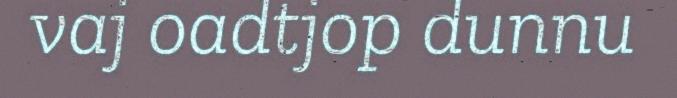
vaj oadtjop dunnu